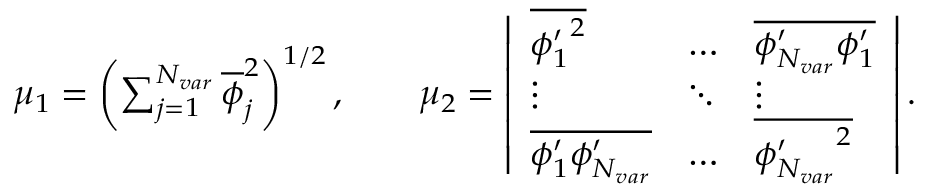
\begin{array} { r } { \mu _ { 1 } = \left( \sum _ { j = 1 } ^ { N _ { v a r } } \overline { { \phi } } _ { j } ^ { 2 } \right) ^ { 1 / 2 } , \ \ \ \ \ \ \mu _ { 2 } = \left| \begin{array} { l l l } { \overline { { { \phi _ { 1 } ^ { \prime } } ^ { 2 } } } } & { \dots } & { \overline { { \phi _ { N _ { v a r } } ^ { \prime } \phi _ { 1 } ^ { \prime } } } } \\ { \vdots } & { \ddots } & { \vdots } \\ { \overline { { \phi _ { 1 } ^ { \prime } \phi _ { N _ { v a r } } ^ { \prime } } } } & { \dots } & { \overline { { { \phi _ { N _ { v a r } } ^ { \prime } } ^ { 2 } } } } \end{array} \right| . } \end{array}